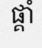
ផ្គាំ